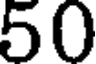
50